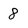
Character: 8